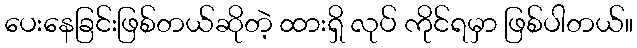
ပေးနေခြင်းဖြစ်တယ်ဆိုတဲ့ ထားရှိ လုပ် ကိုင်ရမှာ ဖြစ်ပါတယ်။